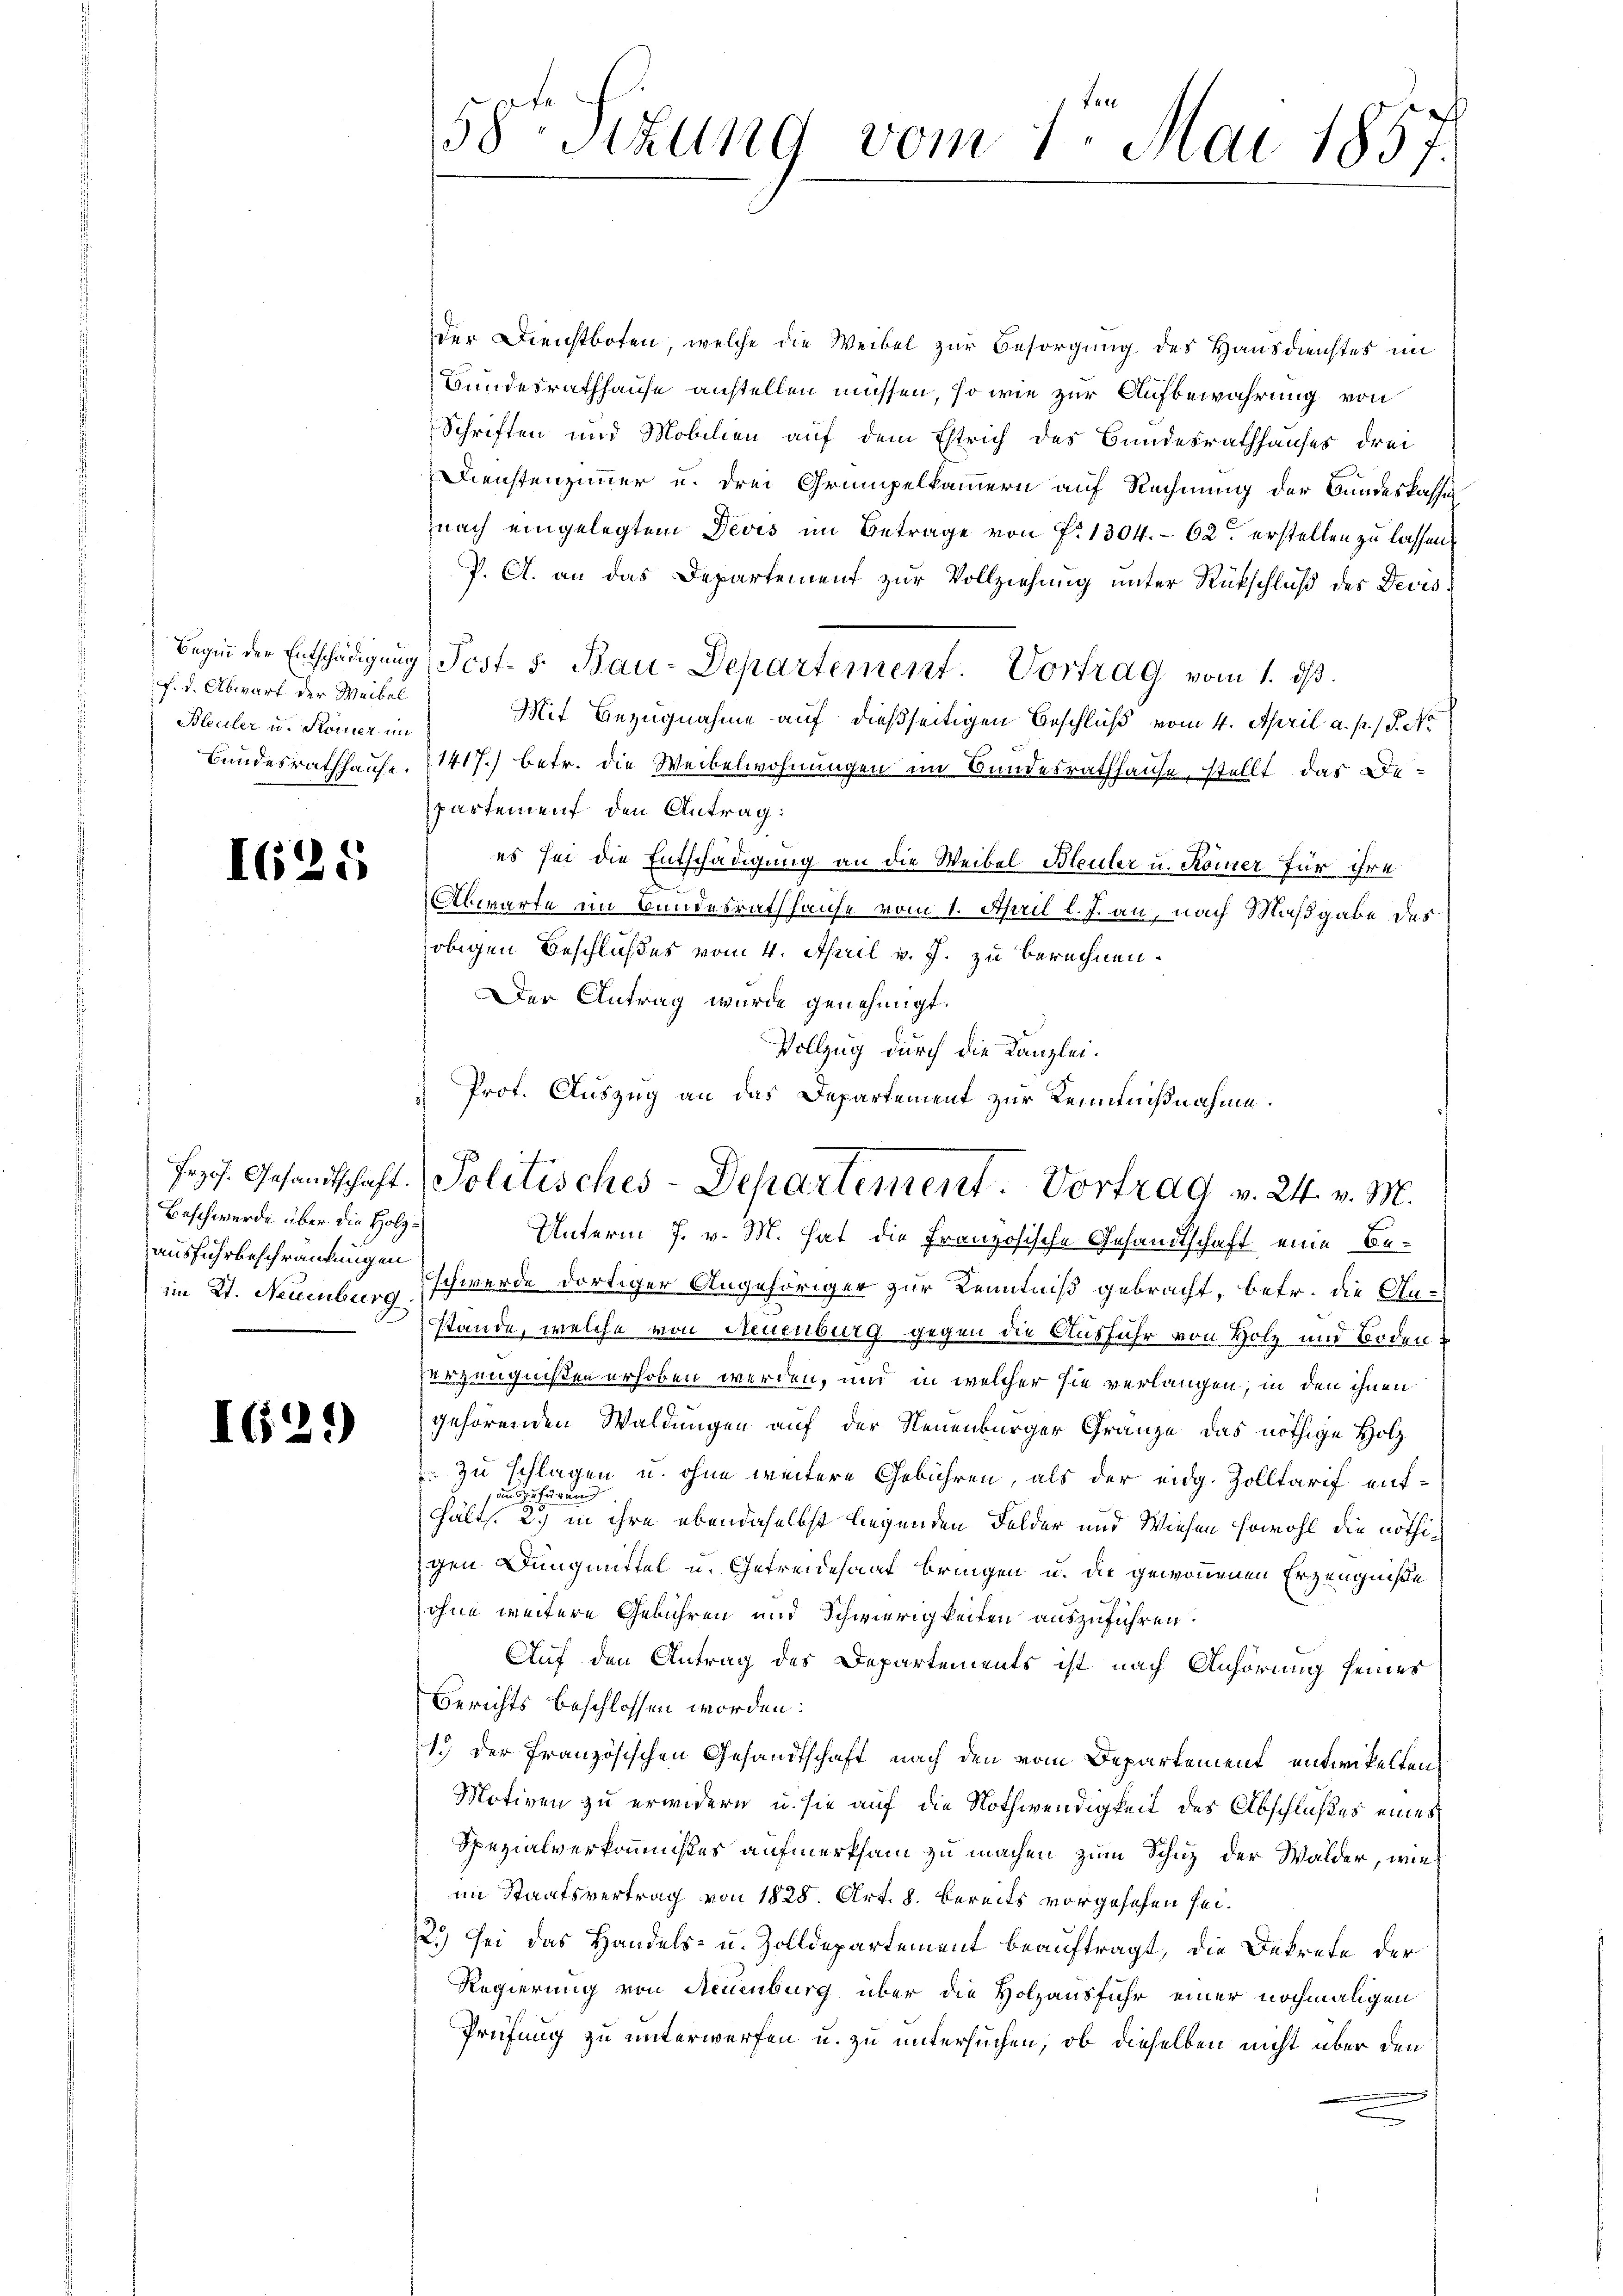
Beginn der Entschädigung
f. d. Abwart der Weibel
Bleuler u. Komer im
Bundesrathhause.

I25)

Beschwerde über die Holzausführbeschränkungen

I629)

Unterm 7. v. M. hat die Französische Gesandtschaft eine Beim 2t. Neuenburg schwerde dortiger Angehöriger zur Kenntniß gebracht, betr. die Anstande, welche von Neuenburg gegen die Ausfuhr von Holz und Boden.
verzeugnißen erhoben werden, und in welcher sie verlangen, in den ihnen
gehörenden Waldungen auf der Neuenburger Gränze das nöthige Holz
 zu schlagen u. ohne weitere Gebühren, als der eidg. Zolltarif entaun zufärung
Hälts. 2.) in ihre ebendaselbst liegenden Felder und Wiesen sowohl die nöthigen Dangmittel u. Getreidesauf bringen u. die gewonnenen Erzeugniße
ohne weitere Gebühren und Schwierigkeiten auszuführen.
Auf den Antrag des Departements ist nach Anhörung seines
Berichts beschlossen worden:
1.) Der französischen Gesandtschaft nach den vom Departement entwickelten
Motiven zu erwidern, u. sie auf die Nothwendigkeit des Abschlußes eines
Spezialverkommnißes aufmerksam zu machen zum Schuz der Walder, wie
im Staatsvertrag von 1828. Art. 8. bereits vorgesehen sei.
2.) Sei das Handels- u. Zolldepartement beauftragt, die Dekrete der
Regierung von Neuenburg über die Holzausfuhr einer nochmaligen
Prüfung zu unterwerfen u. zu untersuchen, ob dieselben nicht über den

58ten Sizung vom 1ten Mai 1857

der Dienstboten, welche die Weibel zur Besorgung des Hausdienstes im
Bundesrathhause anstellen müssen, so wie zur Aufbewahrung von
Schriften und Mobilien auf dem Estrich des Bundesrathhauses drei
Dienstenzimmer u. drei Grumpelkammern auf Rechnung der Bundeskassen
nach eingelegtem Devis im Betrage von P. 1304. 62 erstellen zu lassen.
J. A. an das Departement zur Vollziehung unter Rückschluß des Devis¬
Post. 5. Bau-Departement. Vortrag vom 1. ds.
Mit Bezugnahme auf dießseitigen Beschluß vom 4. April a. p. / 5. No
1417.) betr. die Weibelwohnungen im Bundesrathhause, stellt, das Departement den Antrag:
es sei die Entschädigung an die Weibel Bleuler u. Komer für ihre
a
Abwarte im Bundesrath hause vom 1. April l. J. an, nach Maßgabe des
obigen Beschlußes vom 4. April v. J. zu berechnen.
Der Antrag wurde genehmigt.
Vollzug durch die Kanzlei.
Prot. Auszug an das Departement zur Kenntnißnahme.

s
Frs. Gesandtschaft. (Solitisches-Departement. Vortrag v. 24. v. M.